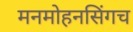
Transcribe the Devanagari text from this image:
मनमोहनसिंगच